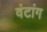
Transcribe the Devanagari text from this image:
वंटांग